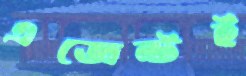
এজেন্টই